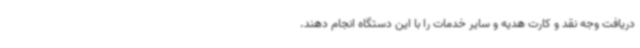
دریافت وجه نقد و کارت هدیه و سایر خدمات را با این دستگاه انجام دهند.